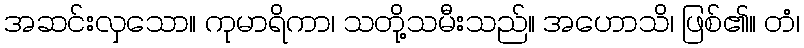
အဆင်းလှသော။ ကုမာရိကာ၊ သတို့သမီးသည်။ အဟောသိ၊ ဖြစ်၏။ တံ၊